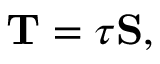
\mathbf { T } = \tau \mathbf { S } ,